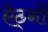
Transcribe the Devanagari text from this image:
ऐठ्नों